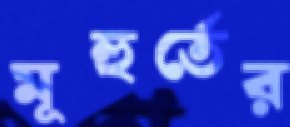
মূহুর্তের